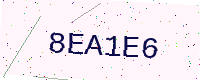
Text: 8EA1E6